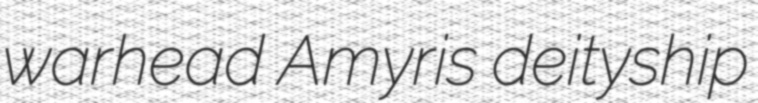
warhead Amyris deityship